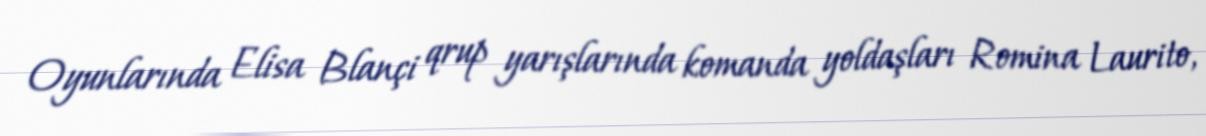
Oyunlarında Elisa Blançi qrup yarışlarında komanda yoldaşları Romina Laurito,